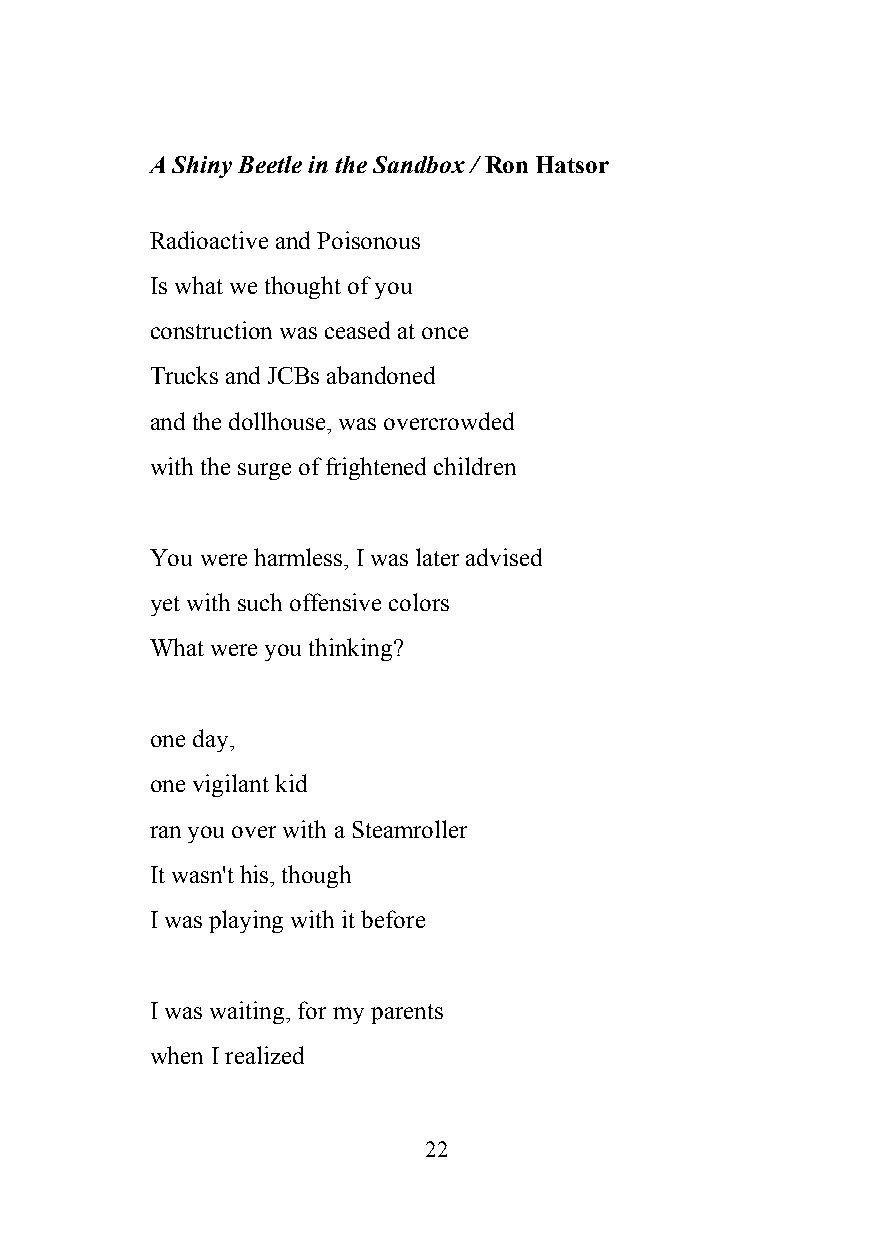
A Shiny Beetle in the Sandbox / Ron Hatsor
 ​
 Radioactive and Poisonous
 Is what we thought of you
 construction was ceased at once
 Trucks and JCBs abandoned
 and the dollhouse, was overcrowded
 with the surge of frightened children
 You were harmless, I was later advised
 yet with such offensive colors
 What were you thinking?
 one day,
 one vigilant kid
 ran you over with a Steamroller
 It wasn't his, though
 I was playing with it before
 I was waiting, for my parents
 when I realized
 22